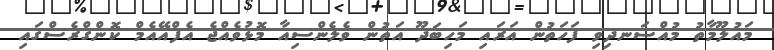
މައުލޫމާތު މުއްސަނދިވި ފަހަތުން އަރައި މަހިބަދޫ އަތުން ވެލެންސިއާ މޮޅުވެއްޖެ އެފްއޭއެމް ކޮންގްރެސްގައި